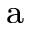
^ \mathrm { a }